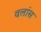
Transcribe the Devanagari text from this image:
वलांस